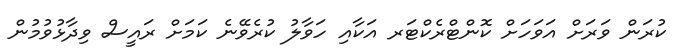
ކުރަން ވަރަށް އަވަހަށް ކޮންޓްރެކްޓަރ އަކާއި ހަވާލު ކުރެވޭނެ ކަމަށް ރައީސް ވިދާޅުވުމުން